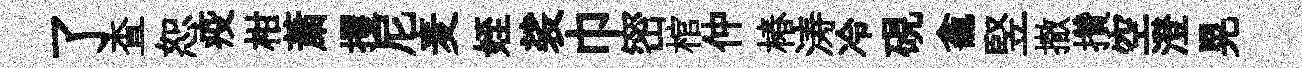
了查恕疫柑䔥攫尼麦姪裟巾密棺仲椿涛冷硯龕竪撤攢空澄晃